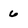
Character: 6